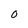
Character: 0